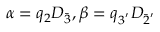
\alpha = q _ { 2 } D _ { \bar { 3 } } , \beta = q _ { 3 ^ { ' } } D _ { \bar { 2 } ^ { ' } }